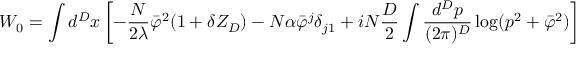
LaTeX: W _ { 0 } = \int { d ^ { D } x } \left[ - { \frac { N } { 2 \lambda } } \bar { \varphi } ^ { 2 } ( 1 + \delta Z _ { D } ) - N \alpha \bar { \varphi } ^ { j } \delta _ { j 1 } + i N { \frac { D } { 2 } } \int { \frac { d ^ { D } p } { ( 2 \pi ) ^ { D } } } \log ( p ^ { 2 } + \bar { \varphi } ^ { 2 } ) \right]